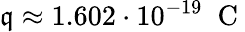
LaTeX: \mathfrak{q}\approx1.602\cdot10^{-19}\; \mathrm{{~C~}}